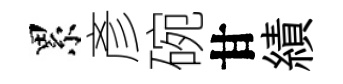
累彥碗甘績